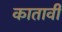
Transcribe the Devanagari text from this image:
कातावी